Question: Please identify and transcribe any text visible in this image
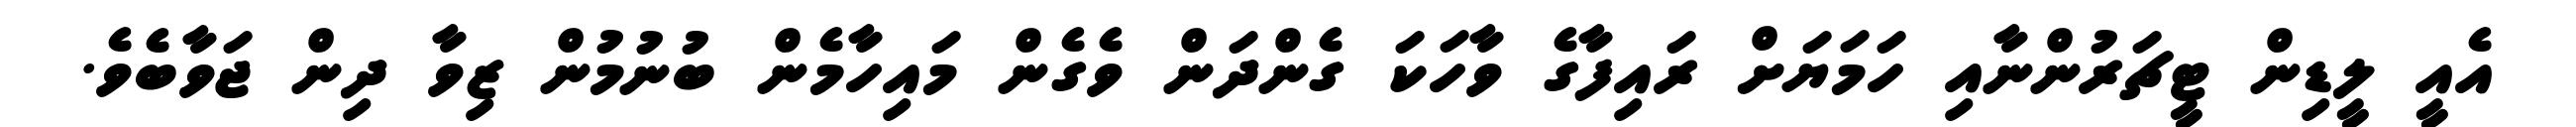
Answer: އެއީ ލީޑިން ޓީޗަރުންނާއި ހަމަޔަށް ރައިފާގެ ވާހަކަ ގެންދަން ވެގެން މައިހާމެން ބުނުމުން ޒިވާ ދިން ޖަވާބެވެ.